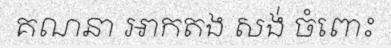
គណនា អាកតង សង់ ចំពោះ